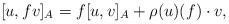
LaTeX: \begin{align*}[ u,fv] _{A}=f[ u,v] _{A}+\rho ( u) ( f) \cdot v,\end{align*}